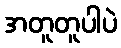
အတူတူပါပဲ